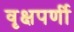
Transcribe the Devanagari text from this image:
वृक्षपर्णी